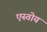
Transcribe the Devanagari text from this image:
एस्तोय